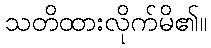
သတိထားလိုက်မိ၏။